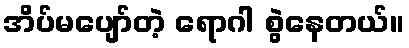
အိပ်မပျော်တဲ့ ရောဂါ စွဲနေတယ်။